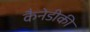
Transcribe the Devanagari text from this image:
कैनेडीकी